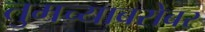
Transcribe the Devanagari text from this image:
तुमच्याबरोबर